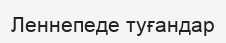
Леннепеде туғандар